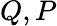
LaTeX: Q,P